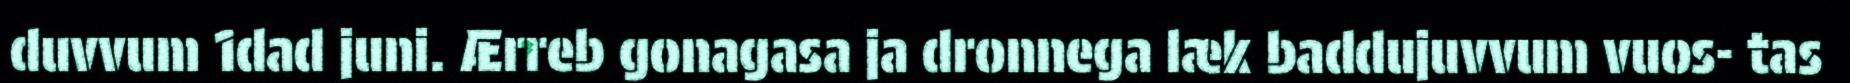
duvvum 1dad juni. Ærreb gonagasa ja dronnega læk baddujuvvum vuos- tas